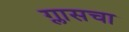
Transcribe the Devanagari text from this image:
ग्लासचा